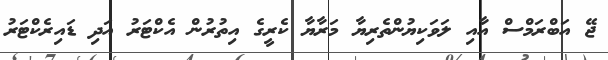
ޖޭ އަބްރަމްސް އާއި ލަވަކިޔުންތެރިޔާ މަރާޔާ ކެރީގެ އިތުރުން އެކްޓަރު އަދި ޑައިރެކްޓަރު